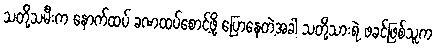
သတို့သမီးက နောက်ထပ် ခဏထပ်စောင့်ဖို့ ပြောနေတဲ့အခါ သတို့သားရဲ့ ဖခင်ဖြစ်သူက